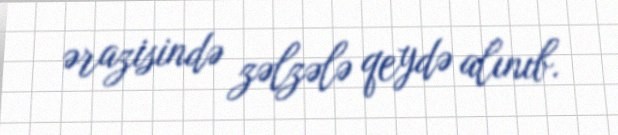
ərazisində zəlzələ qeydə alınıb.